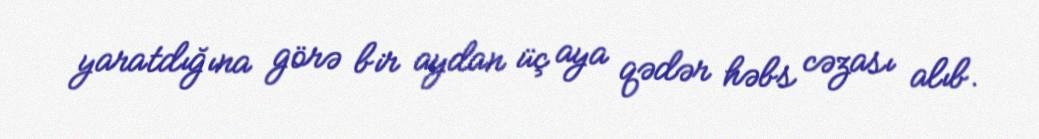
yaratdığına görə bir aydan üç aya qədər həbs cəzası alıb.